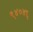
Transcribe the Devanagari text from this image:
९४०४६